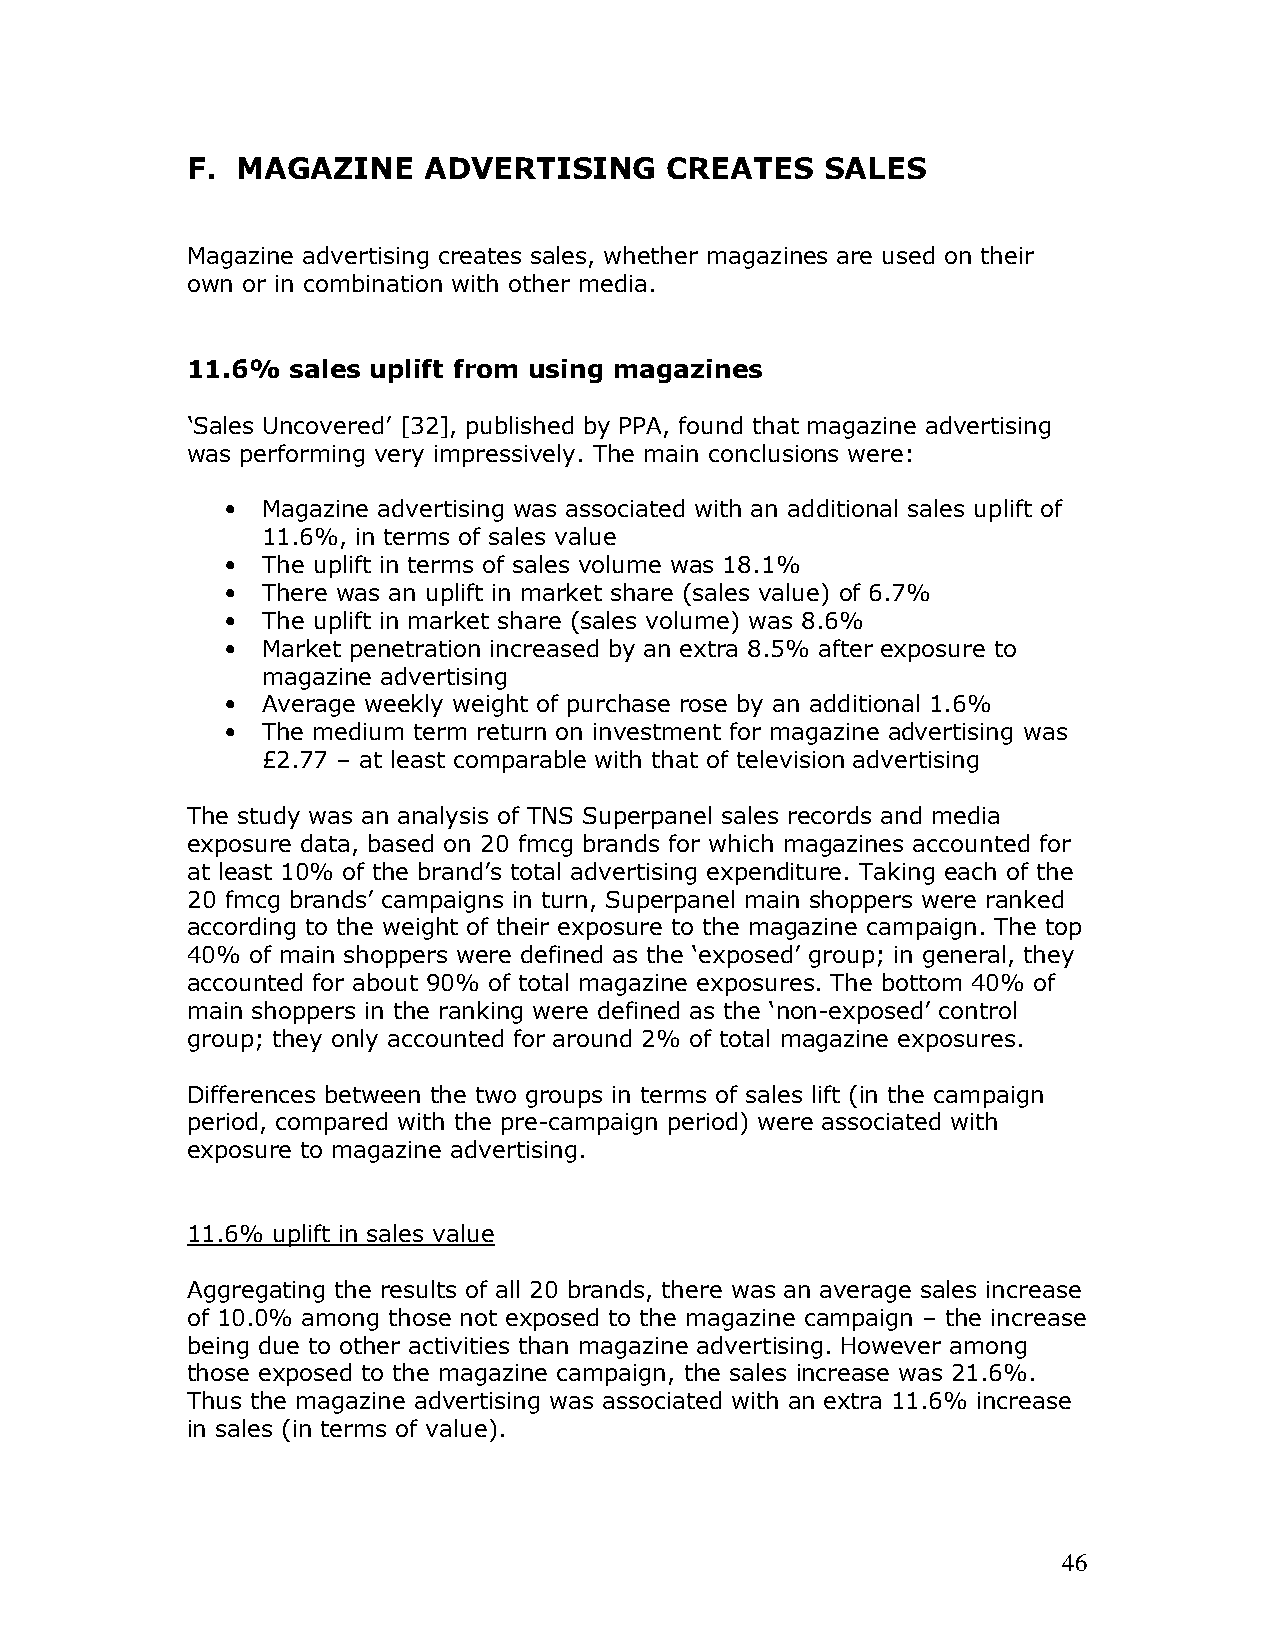
F.  MAGAZINE    ADVERTISING     CREATES    SALES
 Magazine advertising creates sales, whether magazines are used on their
 own or in combination with other media.
 11.6%  sales uplift from using magazines
 ‘Sales Uncovered’ [32], published by PPA, found that magazine advertising
 was performing very impressively. The main conclusions were:
 • Magazine advertising was associated with an additional sales uplift of
 11.6%, in terms of sales value
 • The uplift in terms of sales volume was 18.1%
 • There was an uplift in market share (sales value) of 6.7%
 • The uplift in market share (sales volume) was 8.6%
 • Market penetration increased by an extra 8.5% after exposure to
 magazine advertising
 • Average weekly weight of purchase rose by an additional 1.6%
 • The medium term return on investment for magazine advertising was
 £2.77 – at least comparable with that of television advertising
 The study was an analysis of TNS Superpanel sales records and media
 exposure data, based on 20 fmcg brands for which magazines accounted for
 at least 10% of the brand’s total advertising expenditure. Taking each of the
 20 fmcg brands’ campaigns in turn, Superpanel main shoppers were ranked
 according to the weight of their exposure to the magazine campaign. The top
 40%  of main shoppers were defined as the ‘exposed’ group; in general, they
 accounted for about 90% of total magazine exposures. The bottom 40% of
 main shoppers in the ranking were defined as the ‘non-exposed’ control
 group; they only accounted for around 2% of total magazine exposures.
 Differences between the two groups in terms of sales lift (in the campaign
 period, compared with the pre-campaign period) were associated with
 exposure to magazine advertising.
 11.6% uplift in sales value
 Aggregating the results of all 20 brands, there was an average sales increase
 of 10.0% among those not exposed to the magazine campaign – the increase
 being due to other activities than magazine advertising. However among
 those exposed to the magazine campaign, the sales increase was 21.6%.
 Thus the magazine advertising was associated with an extra 11.6% increase
 in sales (in terms of value).
 46